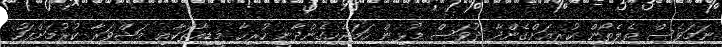
ނަމަވެސް ތެލެތޯން ކުރިއަށްގެންދާ ދުވަސް މުޅިން ހަމަޖެހިގެންދާނީ ހުރިހާ މީޑިއާތަކާއި މަޝްވަރާ ކުރުމަށްފަހު